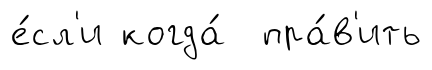
е́сл'и когда́ пра́в'ить